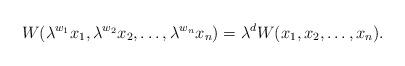
LaTeX: \begin{align*}W(\lambda^{w_1}x_1, \lambda^{w_2}x_2, \dots, \lambda^{w_n}x_n) = \lambda^dW(x_1,x_2, \dots, x_n).\end{align*}